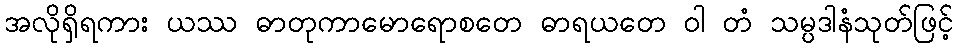
အလိုရှိရကား ယဿ ဓာတုကာမောရောစတေ ဓာရယတေ ဝါ တံ သမ္ပဒါနံသုတ်ဖြင့်